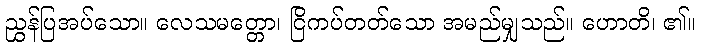
ညွှန်ပြအပ်သော။ လေသမတ္တော၊ ငြိကပ်တတ်သော အမည်မျှသည်။ ဟောတိ၊ ၏။